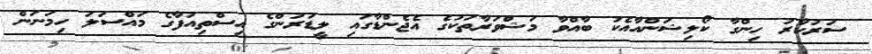
ސަރުކާރު ހިންގާ ކޯލިޝަންއާއެކު ބާއްވާ މަޝްވަރާތަކުގެ އެޖެންޑާގައި ލީޑަރުންގެ އިސްތިއުފާގެ މައްސަލަ ހިމަނަން